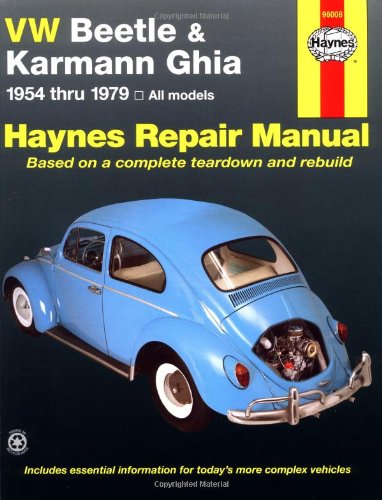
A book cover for VW Beetle & Karmann Ghia 1954 through 1979 All Models (Haynes Repair Manual); Ken Freund; Engineering & Transportation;